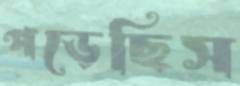
পড়েছিস